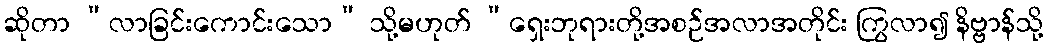
ဆိုတာ “လာခြင်းကောင်းသော” သို့မဟုတ် “ရှေးဘုရားတို့အစဉ်အလာအတိုင်း ကြွလာ၍ နိဗ္ဗာန်သို့